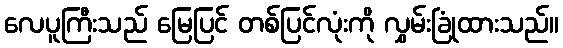
လေပူကြီးသည် မြေပြင် တစ်ပြင်လုံးကို လွှမ်းခြုံထားသည်။